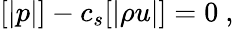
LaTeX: [|p|]-c_{s}[|\rho u|]=0\ ,